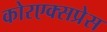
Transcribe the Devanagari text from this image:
कोरएक्सप्रेस